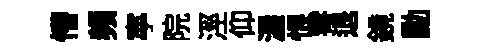
懵頻寕院涇仰渥恨雩退鏡勳